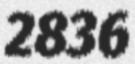
2836